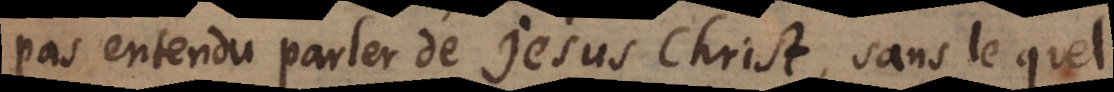
pas entendu parler de Jesus Christ, sans lequel